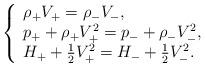
LaTeX: \begin{align*}\left\{\begin{array}{l} \rho_+ V_+ = \rho_-V_-, \\p_+ + \rho_+ V_+^2= p_- + \rho_- V_-^2,\\H_+ + \frac{1}{2}V_+^2 = H_- + \frac{1}{2}V_-^2. \end{array}\right.\end{align*}